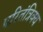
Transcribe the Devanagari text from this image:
परितंत्रिक्य